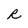
Character: R